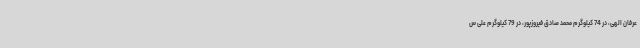
عرفان الهی، در 74 کیلوگرم محمد صادق فیروزپور، در 79 کیلوگرم علی س